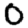
Digit: 0